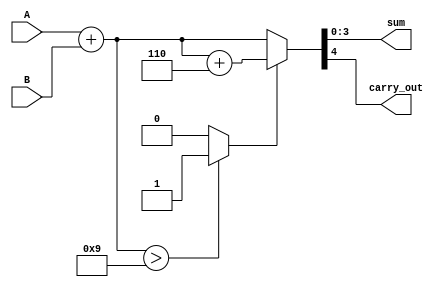
module BCD_Redundant_Binary_Adder (
    input [3:0] A, // BCD Input A
    input [3:0] B, // BCD Input B
    output reg [3:0] sum, // BCD Output
    output reg carry_out // Carry out
);

    // Intermediate signals
    reg [4:0] sum_temp; // 5-bit to accommodate carry
    reg correction; // Flag to indicate if correction is needed

    always @(*) begin
        // Step 1: Perform addition of A and B
        sum_temp = A + B; // initial sum

        // Step 2: Determine if correction is needed
        // If the sum exceeds 9 (1001 in binary), we need correction
        if (sum_temp > 4'b1001) begin
            correction = 1'b1; // Correction needed
        end else begin
            correction = 1'b0; // No correction needed
        end

        // Step 3: Apply correction if needed
        if (correction) begin
            sum_temp = sum_temp + 4'b0110; // Add correction factor
        end

        // Step 4: Assign the final sum and carry out
        sum = sum_temp[3:0]; // Lower 4 bits are the BCD result
        carry_out = sum_temp[4]; // The 5th bit is the carry out
    end

endmodule